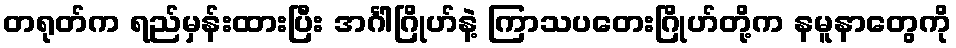
တရုတ်က ရည်မှန်းထားပြီး အင်္ဂါဂြိုဟ်နဲ့ ကြာသပတေးဂြိုဟ်တို့က နမူနာတွေကို